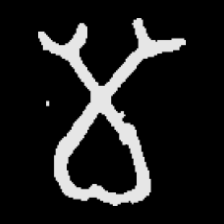
Pyu character \u2014 Myanmar letter: မ (romanized: ma)